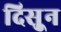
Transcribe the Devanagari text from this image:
दिसुून